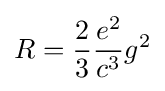
R={\frac {2}{3}}{\frac {e^{2}}{c^{3}}}g^{2}